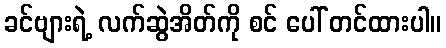
ခင်ဗျားရဲ့ လက်ဆွဲအိတ်ကို စင် ပေါ် တင်ထားပါ။